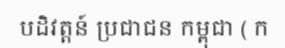
បដិវត្តន៍ ប្រជាជន កម្ពុជា ( ក